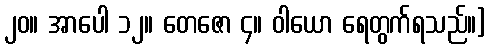
၂၀။ အာပေါ ၁၂။ တေဇော ၄။ ဝါယော ရေတွက်ရသည်။]